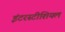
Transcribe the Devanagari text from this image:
इंटरस्टीशियल